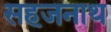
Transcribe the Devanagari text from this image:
सहजनाथ